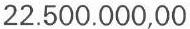
22.500.000,00